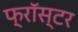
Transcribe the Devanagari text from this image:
फ्रॉस्टर